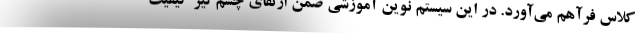
کلاس فرآهم می‌آورد. در این سیستم نوین آموزشی ضمن ارتقای چشم‌گیر کیفیت